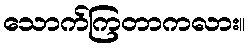
သောက်ကြတာကလား။